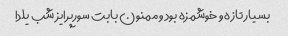
بسیار تازه و خوشمزه بود و ممنون بابت سورپرایز شب یلدا